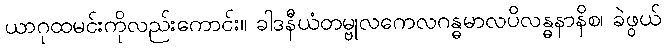
ယာဂုထမင်းကိုလည်းကောင်း။ ခါဒနီယံတမ္ဗုလကေလဂန္ဓမာလပိလန္ဓနာနိစ၊ ခဲဖွယ်